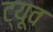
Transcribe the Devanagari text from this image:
ट्यूव